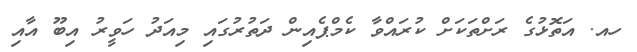
ހއ. އަތޮޅުގެ ރަށްތަކަށް ކުރައްވާ ކެމްޕެއިން ދަތުރުގައި މިއަދު ހަވީރު އިބޫ އާއި